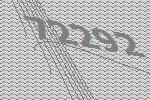
72292